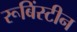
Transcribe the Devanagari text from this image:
रूबिंस्टीन